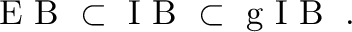
\begin{array} { r } { \mathrm { ~ E ~ B ~ } \subset \mathrm { ~ I ~ B ~ } \subset \mathrm { ~ g ~ I ~ B ~ } \; . } \end{array}